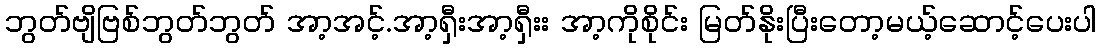
ဘွတ်ဗျိဗြစ်ဘွတ်ဘွတ် အာ့အင့်.အာ့ရှီးအာ့ရှီးး အာ့ကိုစိုင်း မြတ်နိုးပြီးတော့မယ့်ဆောင့်ပေးပါ